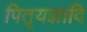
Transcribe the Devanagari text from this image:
पितृयज्ञादि